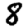
Digit: 8